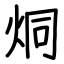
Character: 烔